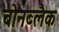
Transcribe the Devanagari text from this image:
बोनब्लैक